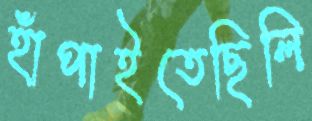
হাঁপাইতেছিলি